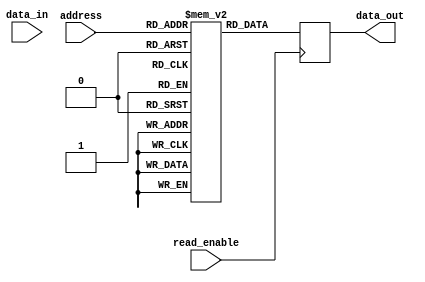
module MemoryBlocks_ROM(input [7:0] address, input read_enable, input [7:0] data_in, output reg [7:0] data_out);

reg [7:0] memory [0:255]; // multi-dimensional array of memory blocks

always @ (posedge read_enable)
begin
    if (read_enable)
        data_out <= memory[address];
end

// Control logic for programming anti-fuses not provided

endmodule